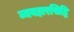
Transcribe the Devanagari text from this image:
व्यवहारसिद्धि